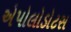
એપોલોડોટસ